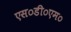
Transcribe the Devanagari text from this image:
एस०डी०एम०